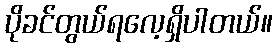
ပိုခင်တွယ်ရလေ့ရှိပါတယ်။